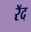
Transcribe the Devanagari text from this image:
रॅद